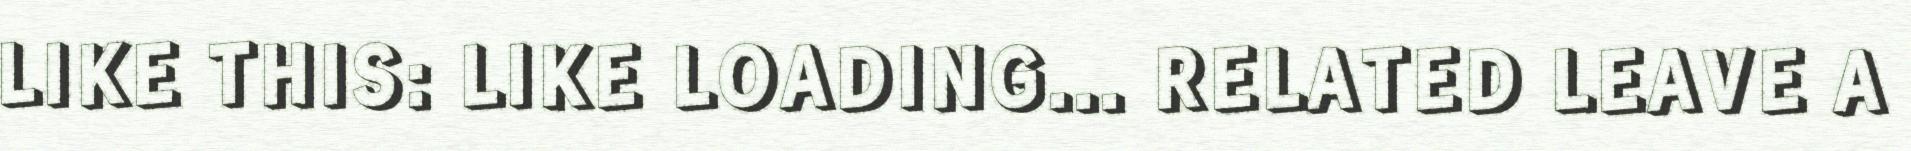
LIKE THIS: LIKE LOADING... RELATED LEAVE A